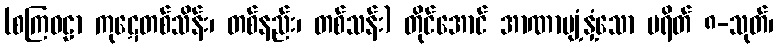
(စကြဝဠာ ကုဋေတစ်သိန်း၊ တစ်နည်း၊ တစ်သန်း) တိုင်အောင် အာဏာပျံ့နှံ့သော ပရိတ် ၈-သုတ်၊